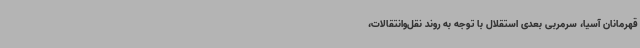
قهرمانان آسیا، سرمربی بعدی استقلال با توجه به روند نقل‌وانتقالات،